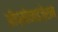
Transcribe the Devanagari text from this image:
ऑप्सोनाइज़ेशन